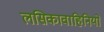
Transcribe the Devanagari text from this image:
लसिकावाहिनियों